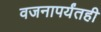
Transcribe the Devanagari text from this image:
वजनापर्यंतही